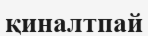
қиналтпай